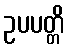
ဥပပတ္တိ